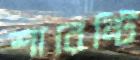
শারেন্টি